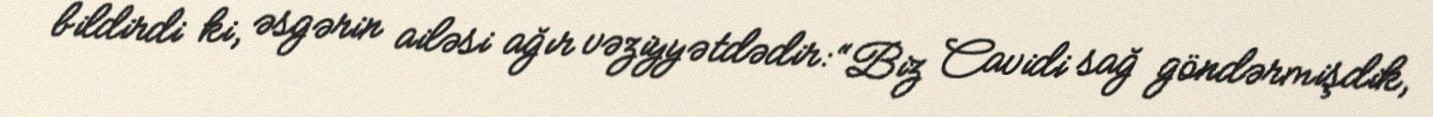
bildirdi ki, əsgərin ailəsi ağır vəziyyətdədir: “Biz Cavidi sağ göndərmişdik,